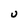
Character: U